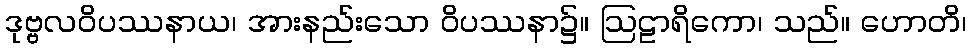
ဒုဗ္ဗလဝိပဿနာယ၊ အားနည်းသော ဝိပဿနာ၌။ ဩဠာရိကော၊ သည်။ ဟောတိ၊